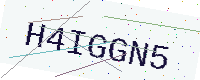
Text: H4IGGN5